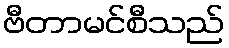
ဗီတာမင်စီသည်